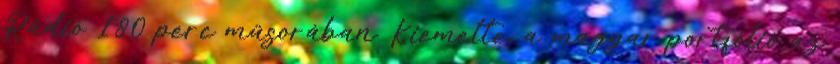
Rádió 180 perc műsorában. Kiemelte, a magyar portfólió az